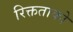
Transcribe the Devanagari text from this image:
रिक्तताको